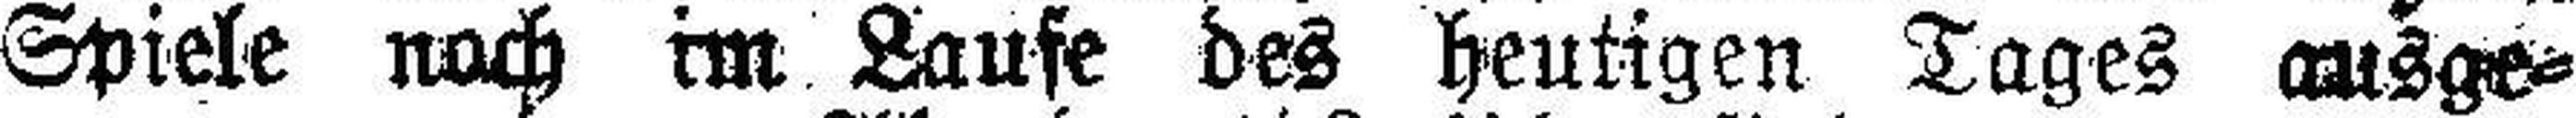
Spiele nach im Laufe des heutigen Tages ausge¬